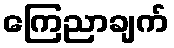
ကြေညာချက်